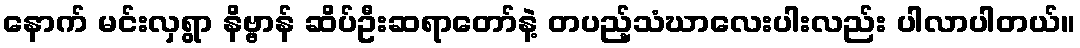
နောက် မင်းလှရွာ နိဗ္ဗာန် ဆိပ်ဦးဆရာတော်နဲ့ တပည့်သံဃာလေးပါးလည်း ပါလာပါတယ်။